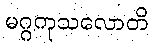
မဂ္ဂကုသလောတိ